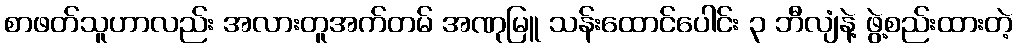
စာဖတ်သူဟာလည်း အလားတူအက်တမ် အဏုမြူ သန်းထောင်ပေါင်း ၃ ဘီလျံနဲ့ ဖွဲ့စည်းထားတဲ့